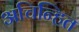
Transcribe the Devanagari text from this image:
अचिन्हित